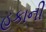
હકાની